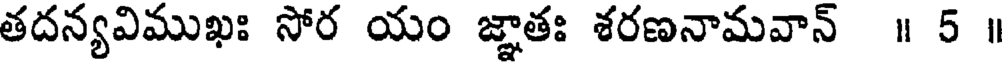
తదన్యవిముఖః సోర యం జ్ఞాతః శరణనామవాన్ ॥ 5 ॥